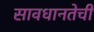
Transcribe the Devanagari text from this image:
सावधानतेची